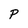
Character: P